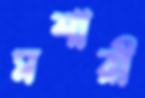
মশারী